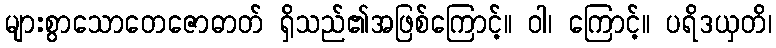
များစွာသောတေဇောဓာတ် ရှိသည်၏အဖြစ်ကြောင့်။ ဝါ၊ ကြောင့်။ ပရိဒယှတိ၊